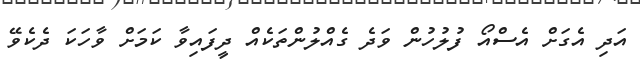
އަދި އެގަށް އެސްއޯ ފުލުހުން ވަދެ ގެއްލުންތަކެއް ދީފައިވާ ކަމަށް ވާހަކަ ދެކެވޭ